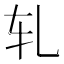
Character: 轧